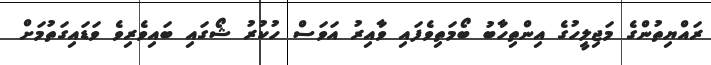
ރައްޔިތުންގެ މަޖިލީހުގެ އިންތިހާބު ބޯމަތިވެފައި ވާއިރު އަވަސް ހުކުރު ޝޯގައި ބައިވެރިވެ ވަޑައިގަތުމަށް